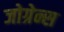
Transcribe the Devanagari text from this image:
जोग्रेन्स